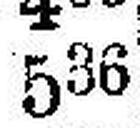
536